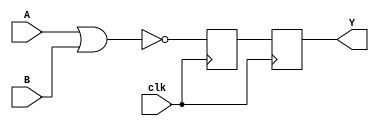
module NOR_gate_delay (
    input wire A,
    input wire B,
    output reg Y,
    input wire clk
);

reg NOR_output;

always @(posedge clk) begin
    NOR_output <= ~(A | B);
    Y <= NOR_output;
end

endmodule